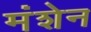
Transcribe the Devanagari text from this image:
मंशेन